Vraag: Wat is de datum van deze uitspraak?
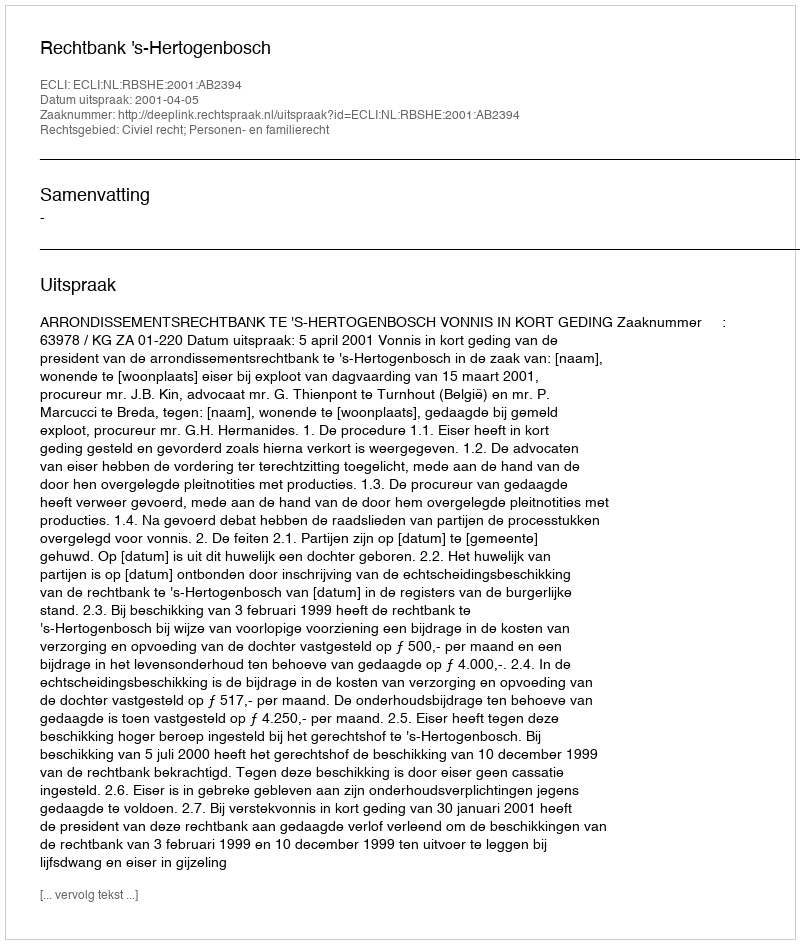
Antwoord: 2001-04-05